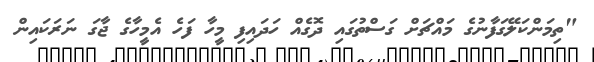
"ތިމަންކަލޭގަފާނުގެ މައްޗަށް ގަސްތުގައި ދޮގެއް ހަދައިފި މީހާ ފަހެ އެމީހާގެ ޖާގަ ނަރަކައިން